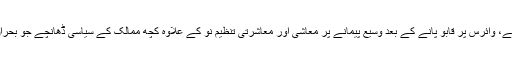
انہوں نے کہا کرونا بحران کے دور رس نتائج برآمد ہوں گے، وائرس پر قابو پانے کے بعد وسیع پیمانے پر معاشی اور معاشرتی تنظیم نو کے علاوہ کچھ ممالک کے سیاسی ڈھانچے جو بحران کے انتظام میں کم کامیاب رہے ہیں، میں تبدیلی آئے گی۔